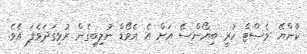
ކާންޔޭ ވެސްޓް ހުރީ ބިޔޯންސޭ އަށް އެ އެވޯޑް ނުލިބިގެން ރުޅިގަދަވެފަ އެވެ.